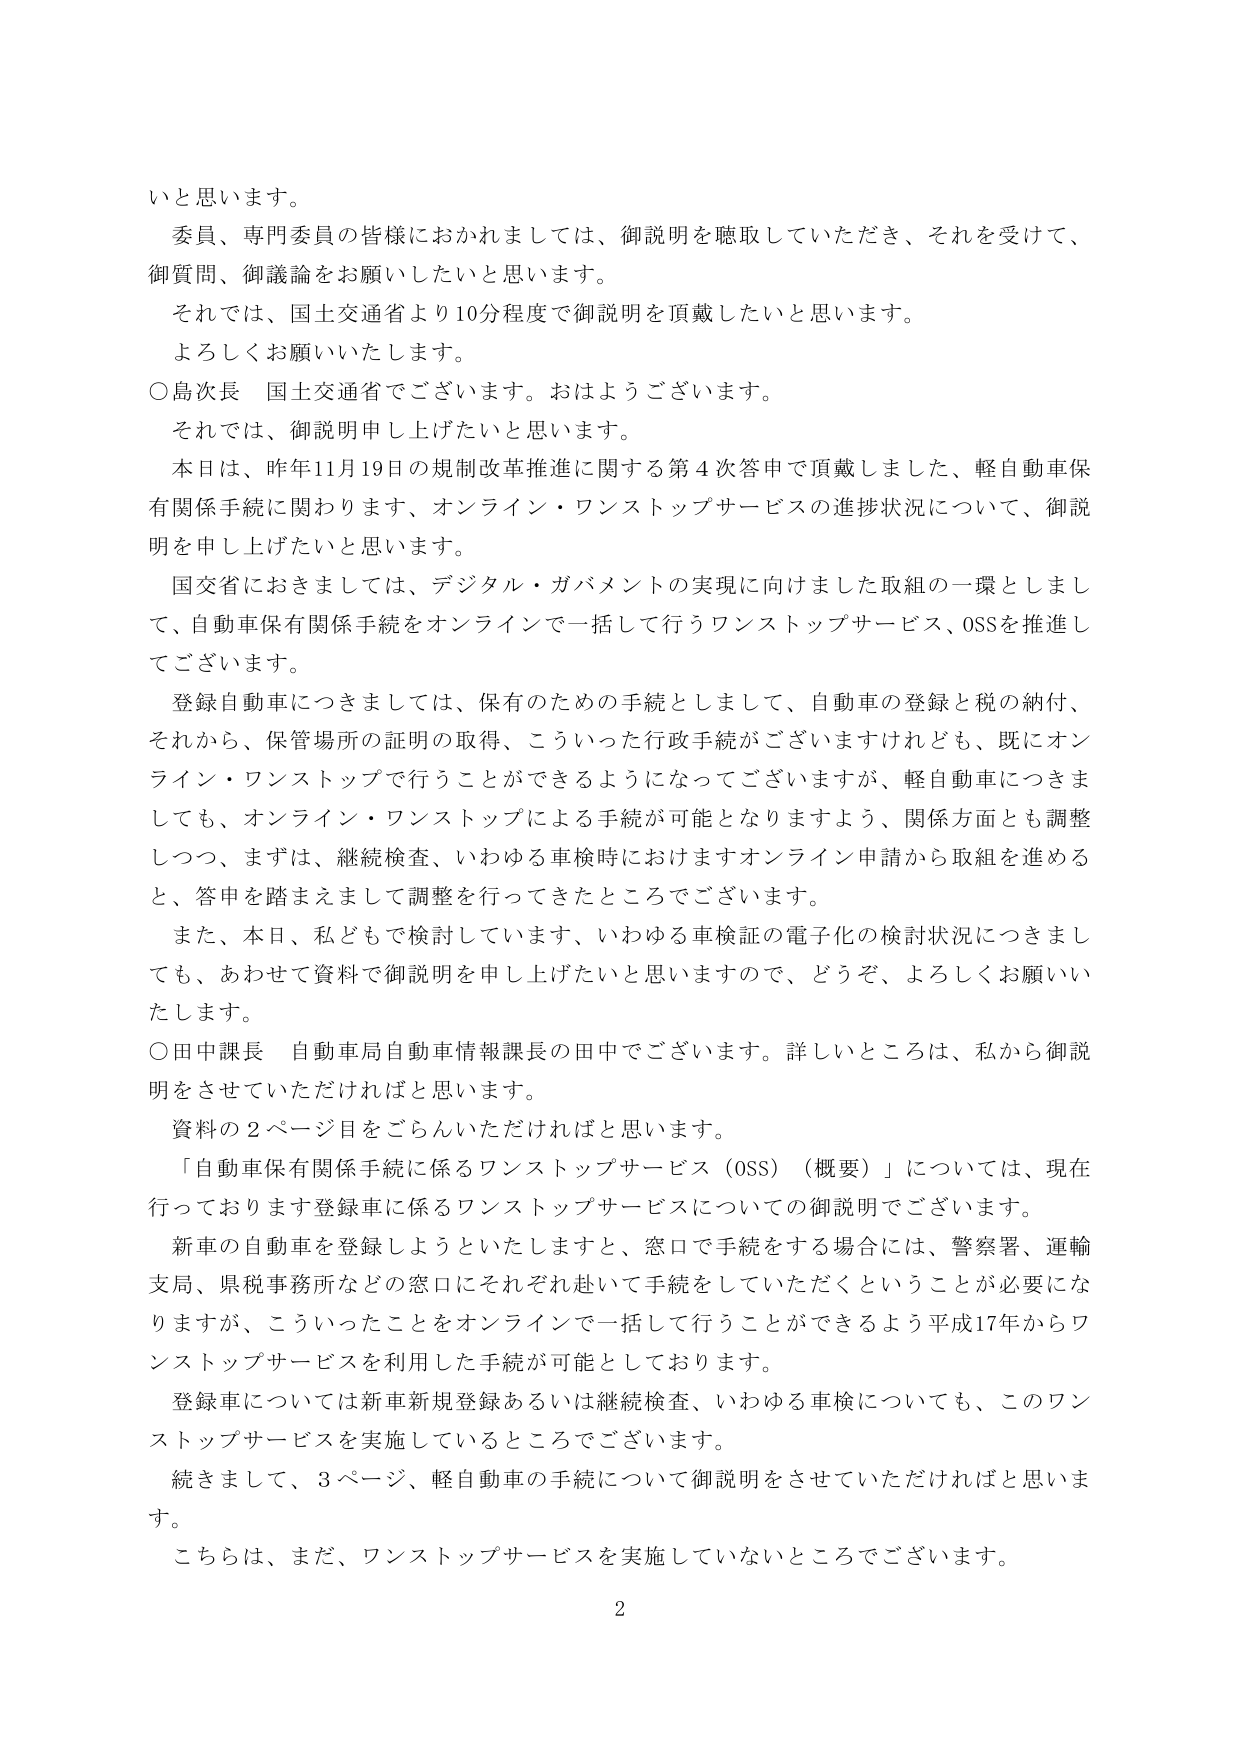
いと思います。

委員、専門委員の皆様におかれましては、御説明を聴取していただき、それを受けて、
御質問、御議論をお願いしたいと思います。

それでは、国土交通省より10分程度で御説明を頂戴したいと思います。
よろしくお願いいたします。

○島次長 国土交通省でございます。おはようございます。
それでは、御説明申し上げたいと思います。

本日は、昨年11月19日の規制改革推進に関する第4次答申で頂戴しました、軽自動車保
有関係手続に関わります、オンライン・ワンストップサービスの進捗状況について、御説
明を申し上げたいと思います。

国交省におきましては、デジタル・ガバメントの実現に向けました取組の一環としまし
て、自動車保有関係手続をオンラインで一括して行うワンストップサービス、OSSを推進し
てございます。

登録自動車につきましては、保有のための手続としまして、自動車の登録と税の納付、
それから、保管場所の証明の取得、こういった行政手続がございますけれども、既にオン
ライン・ワンストップで行うことができるようになってございますが、軽自動車につきま
しても、オンライン・ワンストップによる手続が可能となりますよう、関係方面とも調整
しつつ、まずは、継続検査、いわゆる車検時におけますオンライン申請から取組を進める
と、答申を踏まえまして調整を行ってきたところでございます。

また、本日、私どもで検討しています、いわゆる車検証の電子化の検討状況につきまし
ても、あわせて資料で御説明を申し上げたいと思いますので、どうぞ、よろしくお願いい
たします。

○田中課長 自動車局自動車情報課長の田中でございます。詳しいところは、私から御説
明をさせていただければと思います。

資料の2ページ目をごらんいただければと思います。

「自動車保有関係手続に係るワンストップサービス（OSS）（概要）」については、現在
行っております登録車に係るワンストップサービスについての御説明でございます。

新車の自動車を登録しようといたしますと、窓口で手続をする場合には、警察署、運輸
支局、県税事務所などの窓口にそれぞれ赴いて手続をしていただくということが必要にな
りますが、こういったことをオンラインで一括して行うことができるよう平成17年からワ
ンストップサービスを利用した手続が可能としております。

登録車については新車新規登録あるいは継続検査、いわゆる車検についても、このワン
ストップサービスを実施しているところでございます。

続きまして、3ページ、軽自動車の手続について御説明をさせていただければと思いま
す。

こちらは、まだ、ワンストップサービスを実施していないところでございます。

2